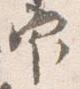
官